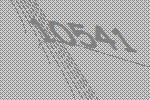
10541